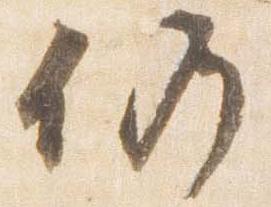
仍